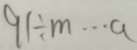
9 1 \div m \cdots a